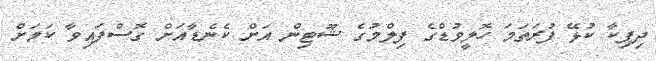
ދިޕިކާ ކުޅޭ ފުރަތަމަ ހޮލީވުޑްގެ ފިލްމުގެ ޝޫޓިން އަށް ކެނެޑާއަށް ގޮސްފައިވާ ކަމަށް